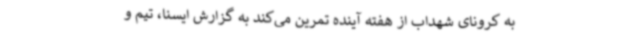
به کرونای شهداب از هفته آینده تمرین می‌کند به گزارش ایسنا، تیم ‌و